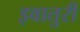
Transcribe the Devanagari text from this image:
इवातुरी